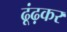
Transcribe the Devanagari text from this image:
ढूंढ़कर